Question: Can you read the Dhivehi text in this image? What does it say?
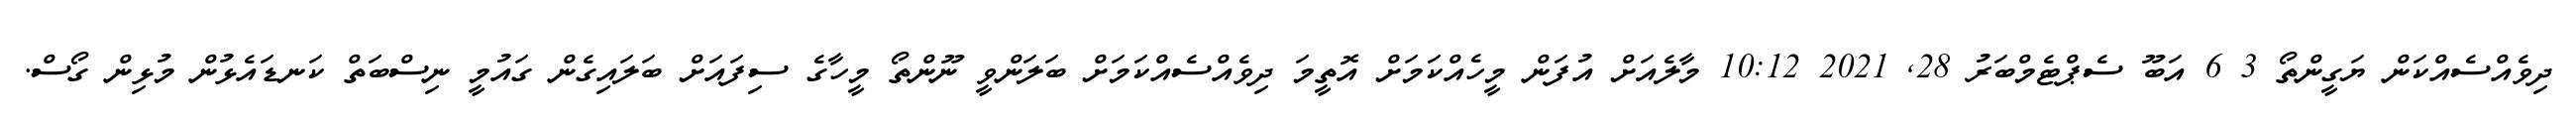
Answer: ދިވެއްސެއްކަން ޔަގީންތޯ 3 6 އަބޫ ސެޕްޓެމްބަރު 28, 2021 10:12 މާލެއަށް އުފަން މީހެއްކަމަށް އޮތީމަ ދިވެއްސެއްކަމަށް ބަލަންވީ ނޫންތޯ މީހާގެ ސިފައަށް ބަލައިގެން ގައުމީ ނިސްބަތް ކަނޑައެޅުން މުޅިން ގޯސް.